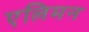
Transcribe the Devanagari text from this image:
एलिमन